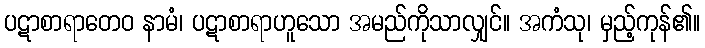
ပဋာစာရာတေဝ နာမံ၊ ပဋာစာရာဟူသော အမည်ကိုသာလျှင်။ အကံသု၊ မှည့်ကုန်၏။